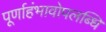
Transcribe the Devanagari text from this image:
पूर्णाहंभावोपलब्धि